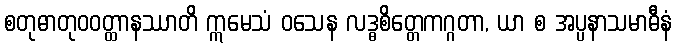
စတုဓာတုဝဝတ္ထာနဿာတိ ဣမေသံ ဝသေန လဒ္ဓစိတ္တေကဂ္ဂတာ, ယာ စ အပ္ပနာသမာဓီနံ